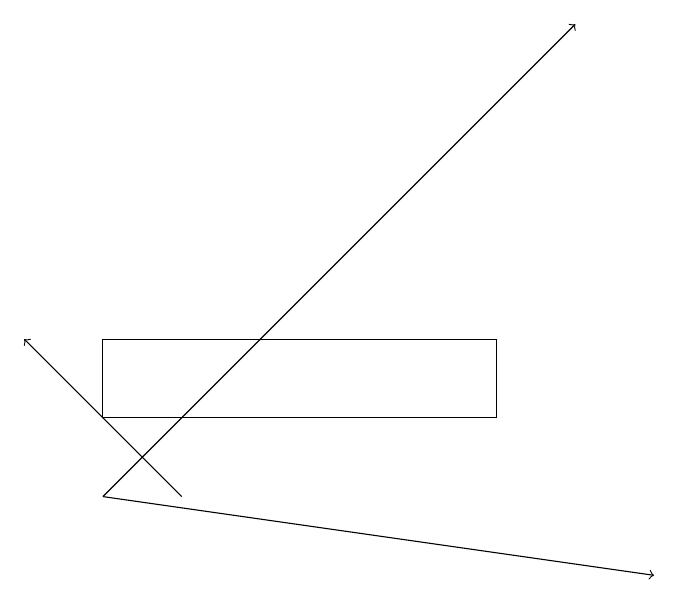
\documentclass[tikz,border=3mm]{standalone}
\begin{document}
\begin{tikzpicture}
\draw[->] (2,13) -- (8,19);
\draw[->] (2,13) -- (9,12);
\draw[->] (3,13) -- (1,15);
\draw (2,14) rectangle (7,15);
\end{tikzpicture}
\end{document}